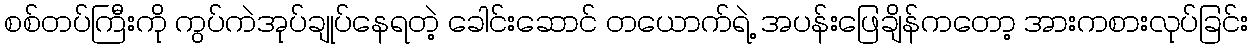
စစ်တပ်ကြီးကို ကွပ်ကဲအုပ်ချုပ်နေရတဲ့ ခေါင်းဆောင် တယောက်ရဲ့ အပန်းဖြေချိန်ကတော့ အားကစားလုပ်ခြင်း